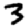
Digit: 3